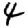
Digit: 4